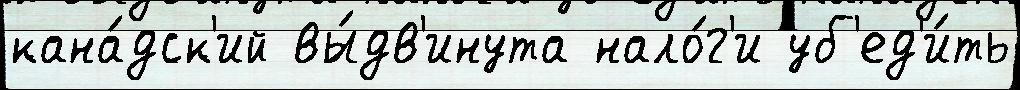
кана́дск'ий вы́дв'инута нало́г'и уб'ед'и́ть